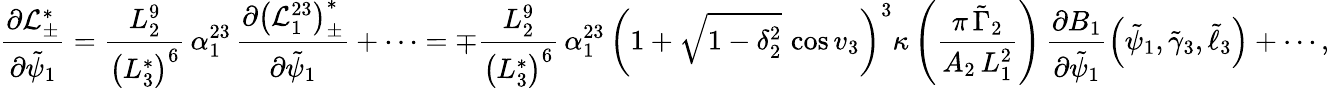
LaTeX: \frac{\partial\mathcal{L}_{\pm}^{*}}{\partial\tilde{\psi}_{1}}=\frac{L_{2}^{9}}{\left(L_{3}^{*}\right)^{6}}\, \alpha_{1}^{23}\, \frac{\partial\left(\mathcal{L}_{1}^{23}\right)_{\pm}^{*}}{\partial\tilde{\psi}_{1}}+\cdots=\mp\frac{L_{2}^{9}}{\left(L_{3}^{*}\right)^{6}}\, \alpha_{1}^{23}\, \left(1+\sqrt{1-\delta_{2}^{2}}\, \cos v_{3}\right)^{3}\kappa\left(\frac{\pi\, \tilde{\Gamma}_{2}}{A_{2}\, L_{1}^{2}}\right)\, \frac{\partial B_{1}}{\partial\tilde{\psi}_{1}}\left(\tilde{\psi}_{1},\tilde{\gamma}_{3},\tilde{\ell}_{3}\right)+\cdots,